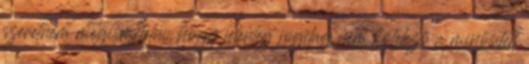
szeretném megismételni, hogy jelenleg jogilag nem kötelező a minősített